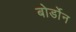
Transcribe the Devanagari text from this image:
बोर्डोन